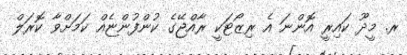
ރ. މީދޫ ކައިރީ އޮންނަ އެ ރިޒޯޓަކީ ރާއްޖޭގެ ކުންފުންޏެއް ކަމަށްވާ ކޮރަލް